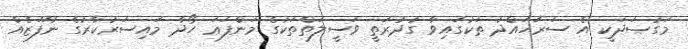
މަގުޞަދަކީ އެ ސަރަހައްދު ތަކުގައިވާ ގުދުރަތީ ވަސީލަތްތަކުގެ މަންފަޢަ ހޯދާ މައިސަރުކާރުގެ ނުފޫޒެއް